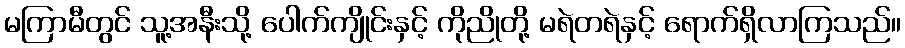
မကြာမီတွင် သူ့အနီးသို့ ပေါက်ကျိုင်းနှင့် ကိုညိုတို့ မရဲတရဲနှင့် ရောက်ရှိလာကြသည်။